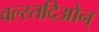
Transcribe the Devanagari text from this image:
वल्स्तदिओन्